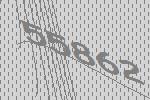
55862